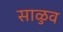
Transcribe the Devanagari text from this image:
साळुव